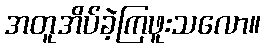
အတူအိပ်ခဲ့ကြဖူးသလော။